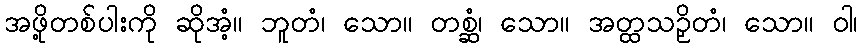
အဖို့တစ်ပါးကို ဆိုအံ့။ ဘူတံ၊ သော။ တစ္ဆံ၊ သော။ အတ္ထသဉှိတံ၊ သော။ ဝါ၊